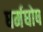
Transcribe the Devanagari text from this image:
धर्मघोष